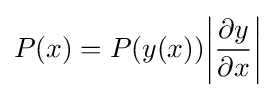
P(x)=P(y(x)){\bigg |}{\frac {\partial y}{\partial x}}{\bigg |}